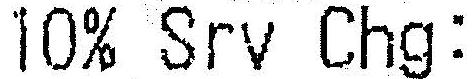
10% SRV CHG: